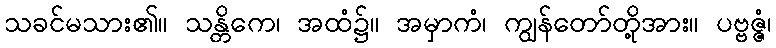
သခင်မသား၏။ သန္တိကေ၊ အထံ၌။ အမှာကံ၊ ကျွန်တော်တို့အား။ ပဗ္ဗဇ္ဇံ၊